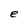
Character: e